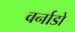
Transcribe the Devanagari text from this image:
वर्नाडो